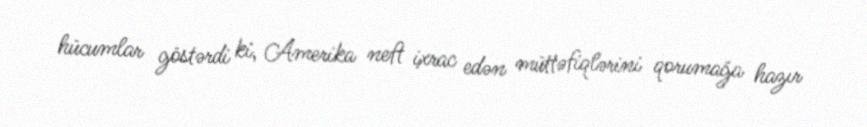
hücumlar göstərdi ki, Amerika neft ixrac edən müttəfiqlərini qorumağa hazır